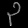
Digit: ၃